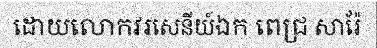
ដោយលោកវរសេនីយ៍ឯក ពេជ្រ សារ៉ែ